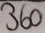
Text: 360